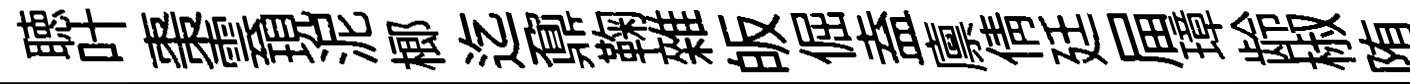
聴叶棗雲現泥榔迄鼐鞠雜皈倔盍廪倩廷屇璋龄椒陏